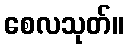
စေလသုတ်။